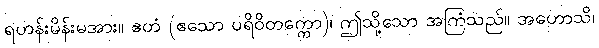
ရဟန်းမိန်းမအား။ ဧတံ (ဧသော ပရိဝိတက္ကော)၊ ဤသို့သော အကြံသည်။ အဟောသိ၊